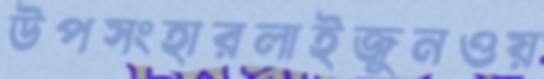
উপসংহারলাইজুনওয়